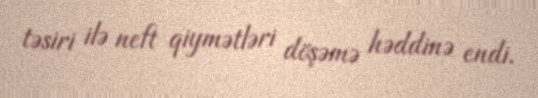
təsiri ilə neft qiymətləri döşəmə həddinə endi.